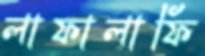
লাফালাফি